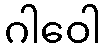
ဂါဝေါ